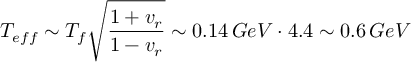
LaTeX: T _ { e f f } \sim T _ { f } \sqrt { \frac { 1 + v _ { r } } { 1 - v _ { r } } } \sim 0 . 1 4 \, G e V \cdot 4 . 4 \sim 0 . 6 \, G e V